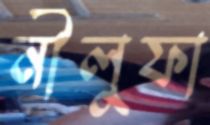
নীলুফা